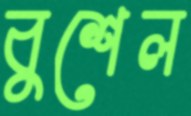
বুশেল